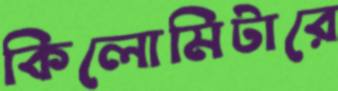
কিলোমিটারে